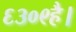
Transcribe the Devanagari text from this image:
६३०९है।